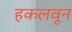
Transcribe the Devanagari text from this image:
हकलवून